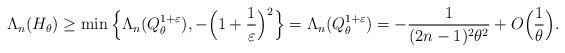
LaTeX: \begin{align*}\Lambda_n(H_\theta)&\ge \min\Big\{ \Lambda_n(Q^{1+\varepsilon}_\theta), -\Big(1+\frac{1}{\varepsilon}\Big)^2\Big\}=\Lambda_n(Q^{1+\varepsilon}_\theta)=-\dfrac{1}{(2n-1)^2\theta^2}+O\Big(\dfrac{1}{\theta}\Big).\end{align*}